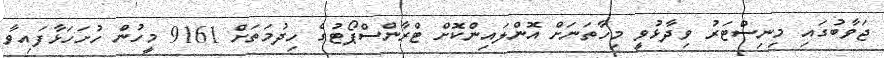
ޖަވާބުގައި މިނިސްޓަރު ވިދާޅުވީ މިހާތަނަށް އޮންލައިންކޮށް ޓްރާންސްޕޯޓުގެ ހިދުމަތަށް 9161 މީހުން ހުށަހަޅާފައިވާ